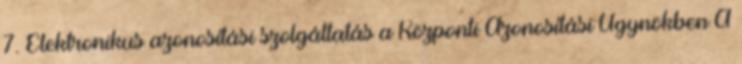
7. Elektronikus azonosítási szolgáltatás a Központi Azonosítási Ügynökben A